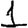
Digit: 1